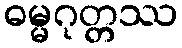
ဓမ္မဂုတ္တဿ